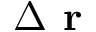
\Delta \textbf { r }